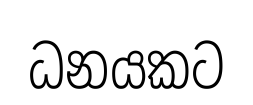
ධනයකට